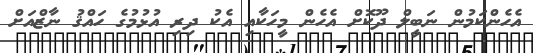
އެހެންކަމުން ނަބީލް ދޫކޮށް އެހެން މީހަކާއި އެކު ދިރި އުޅުމުގެ ހައްޤު ނާޒްއަށް